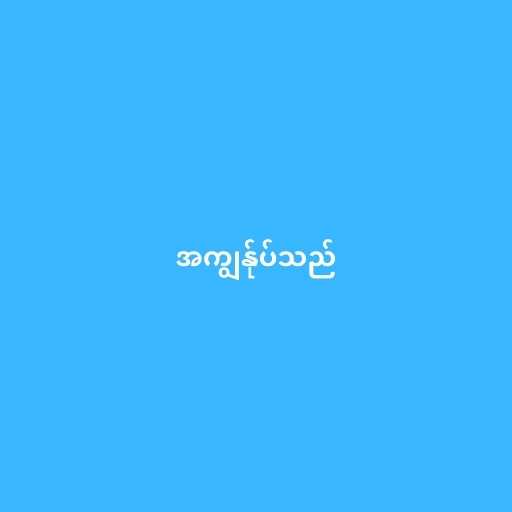
အကျွန်ုပ်သည်